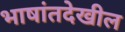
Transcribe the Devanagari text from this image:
भाषांतदेखील